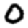
Digit: 0